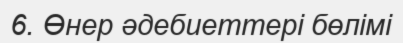
6. Өнер әдебиеттері бөлімі